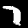
Digit: 7